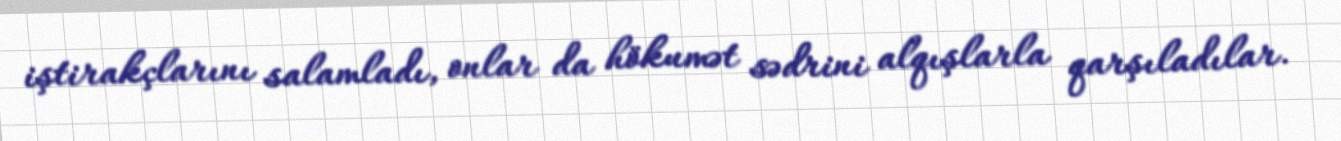
iştirakçlarını salamladı, onlar da hökumət sədrini alqışlarla qarşıladılar.